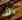
ذلك